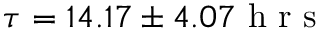
\tau = 1 4 . 1 7 \pm 4 . 0 7 \mathrm { ~ h ~ r ~ s ~ }